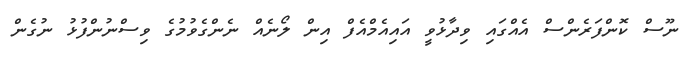
ނޫސް ކޮންފަރެންސް އެއްގައި ވިދާޅުވީ އައިއެމްއެފް އިން ލޯނެއް ނެންގެވުމުގެ ވިސްނުންފުޅު ނުގެން